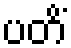
ပတိံ